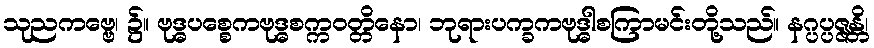
သုညကဗ္ဗေ၊ ၌။ ဗုဒ္ဓပစ္စေကဗုဒ္ဓစက္ကဝတ္တိနော၊ ဘုရားပက္ခကဗုဒ္ဓါစကြာမင်းတို့သည်။ နဂ္ပပ္ပဇ္ဇန္တိ၊